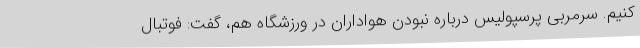
کنیم. سرمربی پرسپولیس درباره نبودن هواداران در ورزشگاه هم، گفت: فوتبال